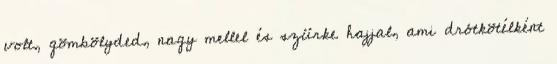
volt, gömbölyded, nagy mellel és szürke hajjal, ami drótkötélként